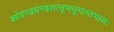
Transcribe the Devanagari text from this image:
कोदण्डचण्डशरतूणयुगाप्तभासः